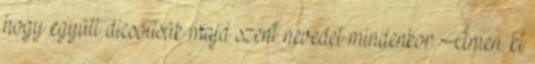
hogy együtt dicsőítsük majd szent nevedet mindenkor. Ámen. ki